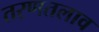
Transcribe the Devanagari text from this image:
तरणतलाव